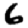
Digit: 6